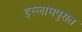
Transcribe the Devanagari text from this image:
इस्लामपुरात